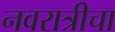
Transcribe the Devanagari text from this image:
नवरात्रीचा